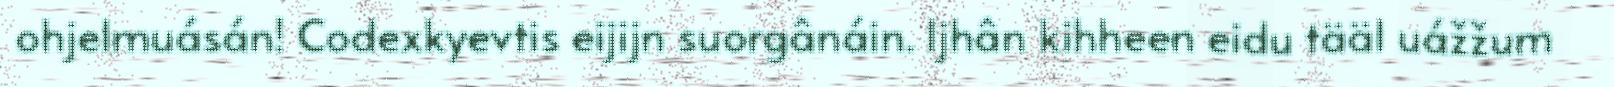
ohjelmuásán! Codexkyevtis eijijn suorgânáin. Ijhân kihheen eidu tääl uážžum